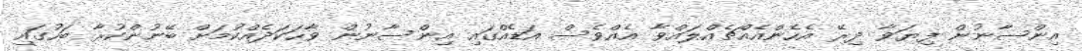
އިންސާނުން ފިޔަވާ ދިރޭ އެހެންއެއްޗެއްލައްވާ އެއްވެސް އަޑެއްގައި އިންސާނުން ވާހަކަދެއްކުމަށް ބޭނުންކުރާ ބަހުގައި